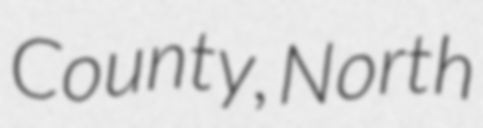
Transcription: County, North